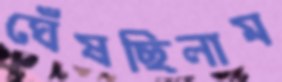
ঘেঁষছিলাম